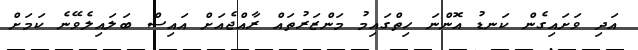
އަދި ވަށައިގެން ކަނޑު އޮންނަ ހިތްގައިމު މަންޒަރުތައް ރާއްޖެއަށް އައިސް ބަލައިލެވޭނެ ކަމަށް